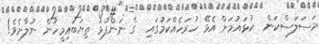
މަސަލަސްކަން  ކުޅައުމަށް އެޅޭ ހުރަހެއްކަމުގައި  ގެ ނަންފުޅު ތިޔަބައިމީހުން ނުލާށެވެ!